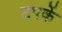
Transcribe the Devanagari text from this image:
टपकें